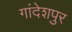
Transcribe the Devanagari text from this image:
गांदेशपुर